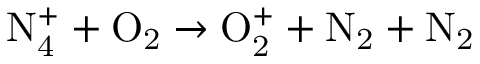
\mathrm { N _ { 4 } ^ { + } + O _ { 2 } \to O _ { 2 } ^ { + } + N _ { 2 } + N _ { 2 } }